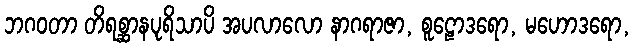
ဘဂဝတာ တိရစ္ဆာနပုရိသာပိ အပလာလော နာဂရာဇာ, စူဠောဒရော, မဟောဒရော,